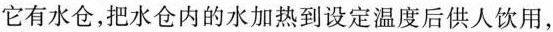
它有水仓，把水仓内的水加热到设定温度后供人饮用，